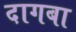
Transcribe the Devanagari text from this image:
दागबा